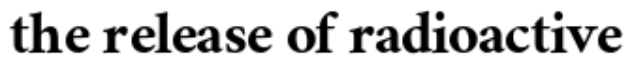
the release of radioactive